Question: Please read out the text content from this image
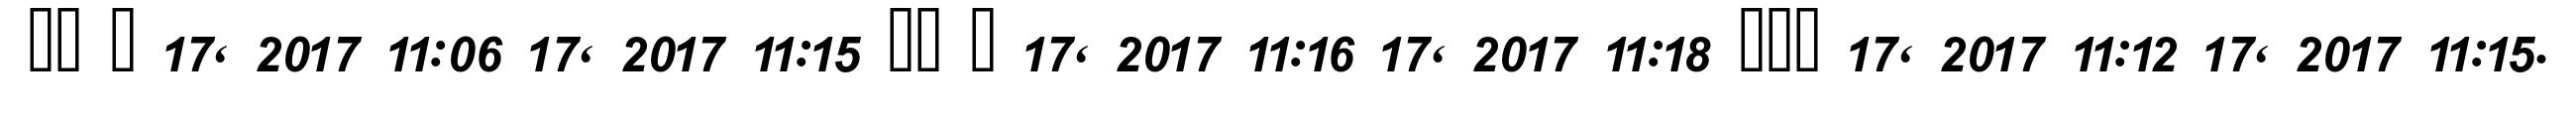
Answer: ?? ? 17, 2017 11:06 17, 2017 11:15 ?? ? 17, 2017 11:16 17, 2017 11:18 ??? 17, 2017 11:12 17, 2017 11:15.